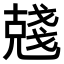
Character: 𠒲